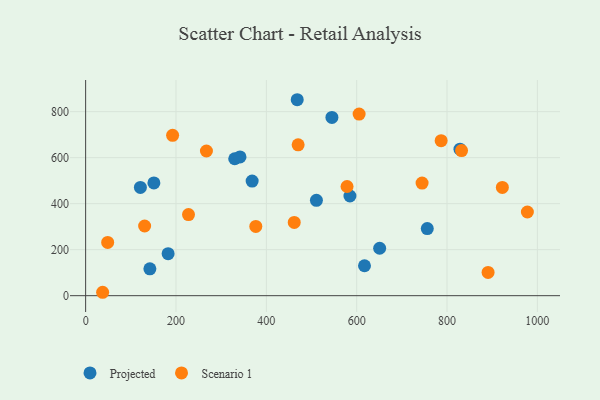
{"axis": {"x": "Investment", "y": "Yield"}, "legend": ["Projected", "Scenario 1"], "data": [{"x": "151.1", "y": 490.4, "type": "Projected"}, {"x": "121.2", "y": 470.7, "type": "Projected"}, {"x": "510.9", "y": 414.5, "type": "Projected"}, {"x": "330.0", "y": 595.4, "type": "Projected"}, {"x": "368.6", "y": 498.3, "type": "Projected"}, {"x": "828.7", "y": 637.0, "type": "Projected"}, {"x": "585.1", "y": 433.3, "type": "Projected"}, {"x": "182.6", "y": 182.8, "type": "Projected"}, {"x": "142.2", "y": 116.9, "type": "Projected"}, {"x": "545.2", "y": 775.2, "type": "Projected"}, {"x": "756.3", "y": 291.7, "type": "Projected"}, {"x": "650.9", "y": 206.2, "type": "Projected"}, {"x": "617.3", "y": 130.2, "type": "Projected"}, {"x": "341.7", "y": 603.3, "type": "Projected"}, {"x": "468.4", "y": 852.0, "type": "Projected"}, {"x": "890.9", "y": 101.3, "type": "Scenario 1"}, {"x": "192.5", "y": 697.2, "type": "Scenario 1"}, {"x": "744.8", "y": 489.7, "type": "Scenario 1"}, {"x": "470.4", "y": 656.0, "type": "Scenario 1"}, {"x": "227.7", "y": 352.6, "type": "Scenario 1"}, {"x": "578.7", "y": 474.7, "type": "Scenario 1"}, {"x": "37.6", "y": 14.8, "type": "Scenario 1"}, {"x": "832.2", "y": 630.9, "type": "Scenario 1"}, {"x": "461.8", "y": 318.5, "type": "Scenario 1"}, {"x": "977.9", "y": 363.9, "type": "Scenario 1"}, {"x": "267.4", "y": 629.0, "type": "Scenario 1"}, {"x": "605.4", "y": 789.8, "type": "Scenario 1"}, {"x": "922.5", "y": 470.8, "type": "Scenario 1"}, {"x": "48.8", "y": 231.5, "type": "Scenario 1"}, {"x": "787.0", "y": 674.1, "type": "Scenario 1"}, {"x": "376.7", "y": 301.3, "type": "Scenario 1"}, {"x": "130.6", "y": 302.9, "type": "Scenario 1"}]}